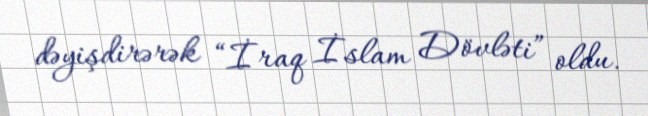
dəyişdirərək “İraq İslam Dövləti” oldu.